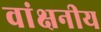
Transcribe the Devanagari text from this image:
वांक्षनीय